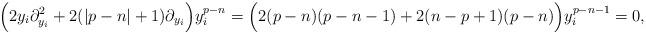
LaTeX: \begin{align*}\Big(2y_i \partial_{y_i}^2 + 2 (|p - n| + 1) \partial_{y_i}\Big) y_i^{p - n} = \Big(2(p - n)(p - n - 1) + 2(n - p + 1)(p - n)\Big) y_i^{p - n - 1} = 0,\end{align*}